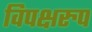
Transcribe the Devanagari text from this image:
विपक्षरुप